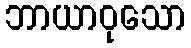
ဘာယာဝုသော